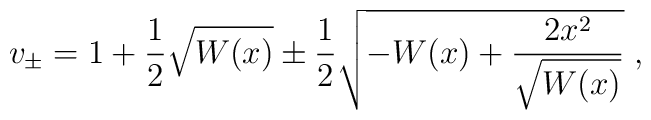
v_{\pm} = 1 + \frac{1}{2}\sqrt{W(x)} \pm\frac{1}{2}\sqrt{-W(x) +\frac{2x^{2}}{\sqrt{W(x)}}}\;,